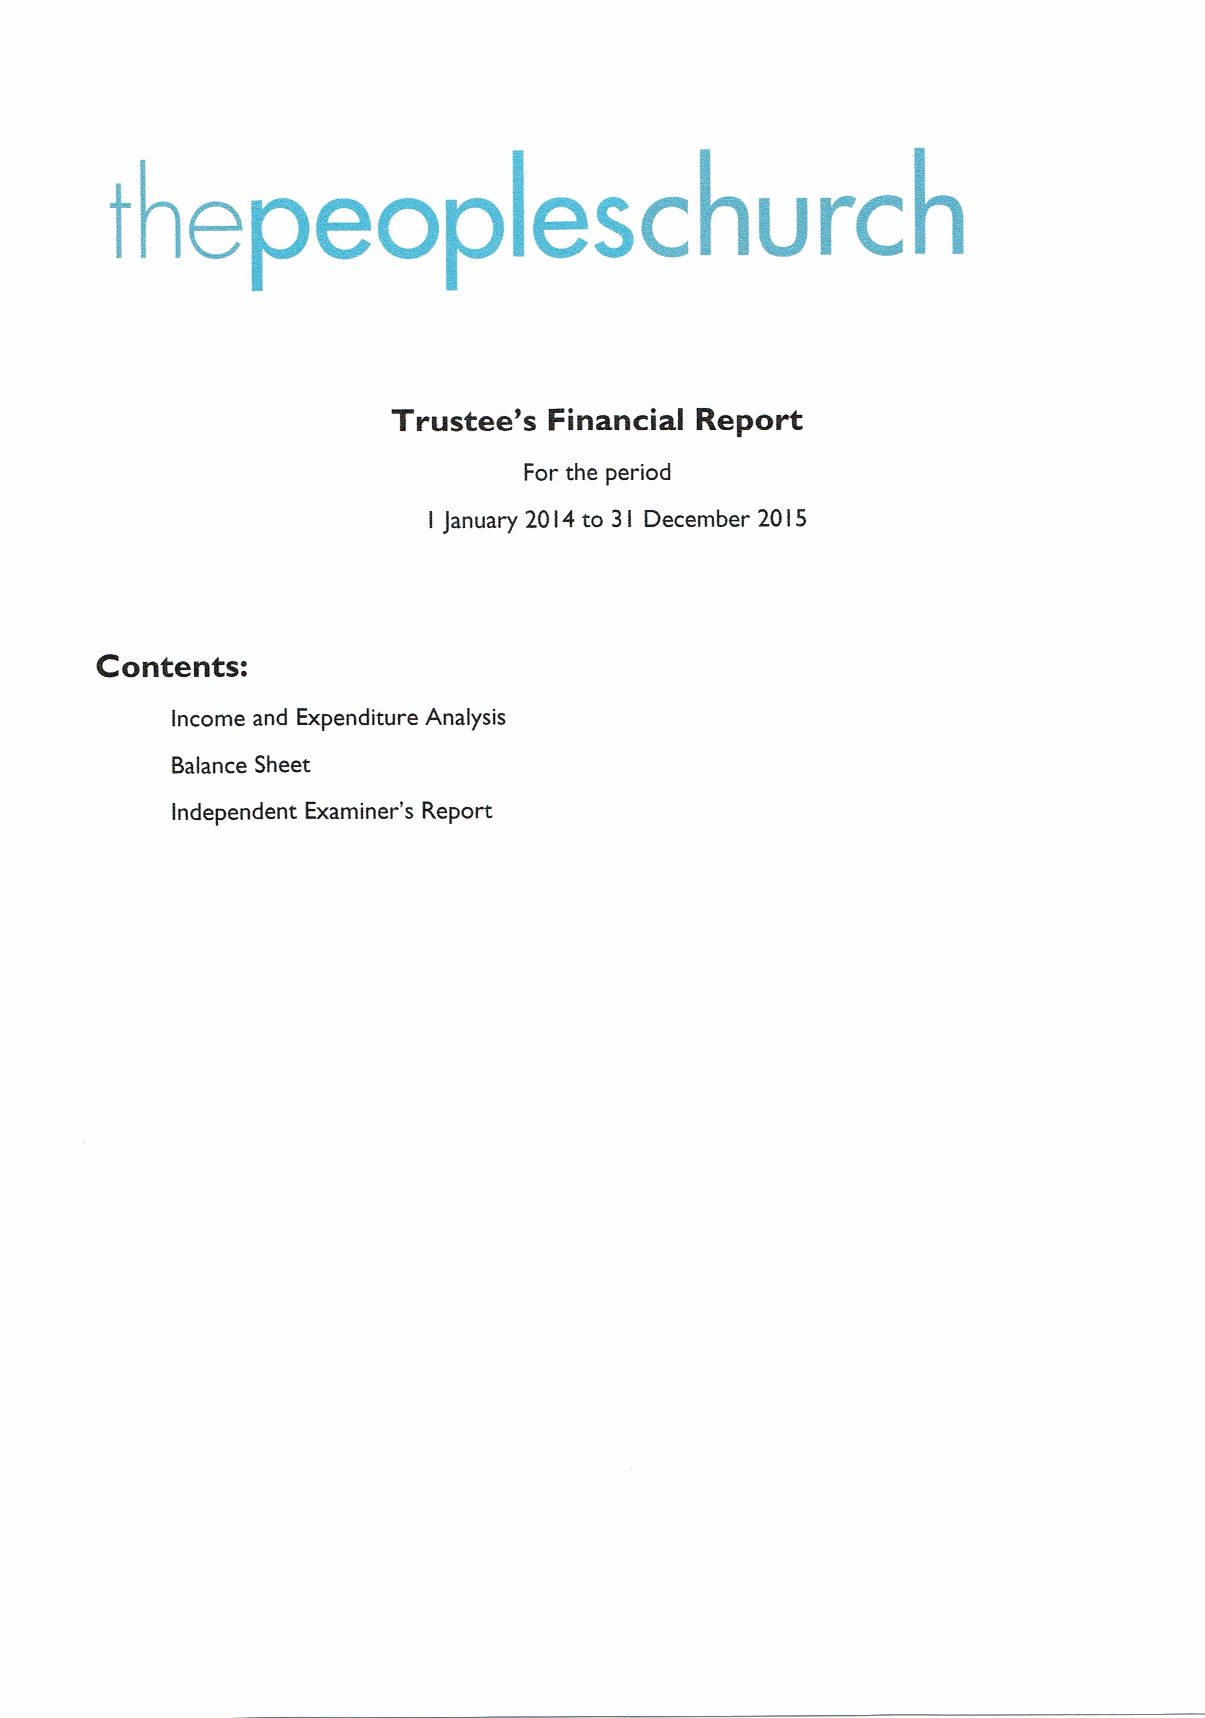
Trustee's Financial Report
 For the period
 I January 20I4 to 3 I December 20I5
 Contents:
 Income and Expenditure Analysis
 Balance Sheet
 Independent Examiner's Report